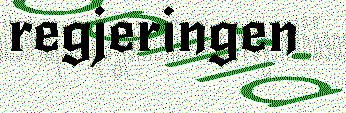
regjeringen